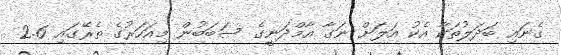
ގެނައި ބަދަލުތަކާ އެކު އަލަށް ނަގާ އާމްދަނީގެ ސަބަބުން މިއަހަރުގެ ތެރޭގައި 2.6